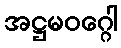
အဋ္ဌမဝဂ္ဂေါ